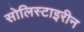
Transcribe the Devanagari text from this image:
सोलिस्टाइरीन